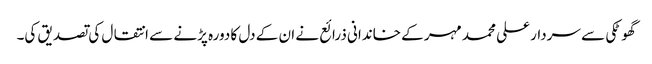
گھوٹکی سے سردار علی محمد مہر کے خاندانی ذرائع نے ان کے دل کا دورہ پڑنے سے انتقال کی تصدیق کی۔